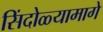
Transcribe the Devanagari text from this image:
सिंदोळ्यामागे